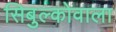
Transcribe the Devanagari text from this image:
सिबुल्कोवाला